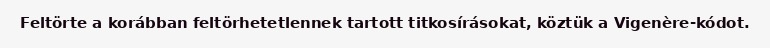
Feltörte a korábban feltörhetetlennek tartott titkosírásokat, köztük a Vigenère-kódot.